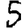
Digit: 5